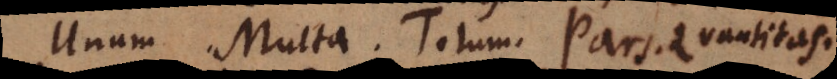
Unum. Multa. Totum. Pars. Quantitas.